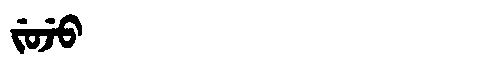
Manchu: ᠵᡠᠵᡠ
Romanization: JUJU